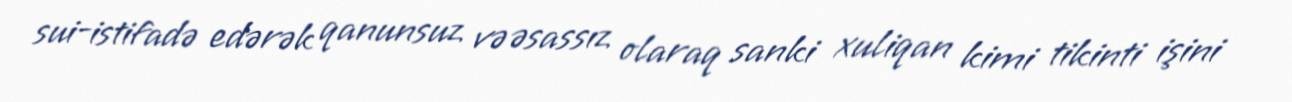
sui-istifadə edərək qanunsuz və əsassız olaraq sanki xuliqan kimi tikinti işini